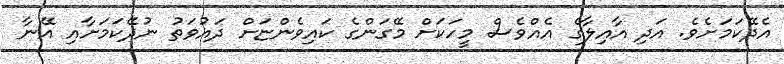
އެދޭކަމަށެވެ. އަދި އާއިލާގެ އެއްވެސް މީހަކަށް މޭގަންގެ ކައިވެންޏަށް ދައުވަތު ނުދޭކަމަށާއި އޭނާ